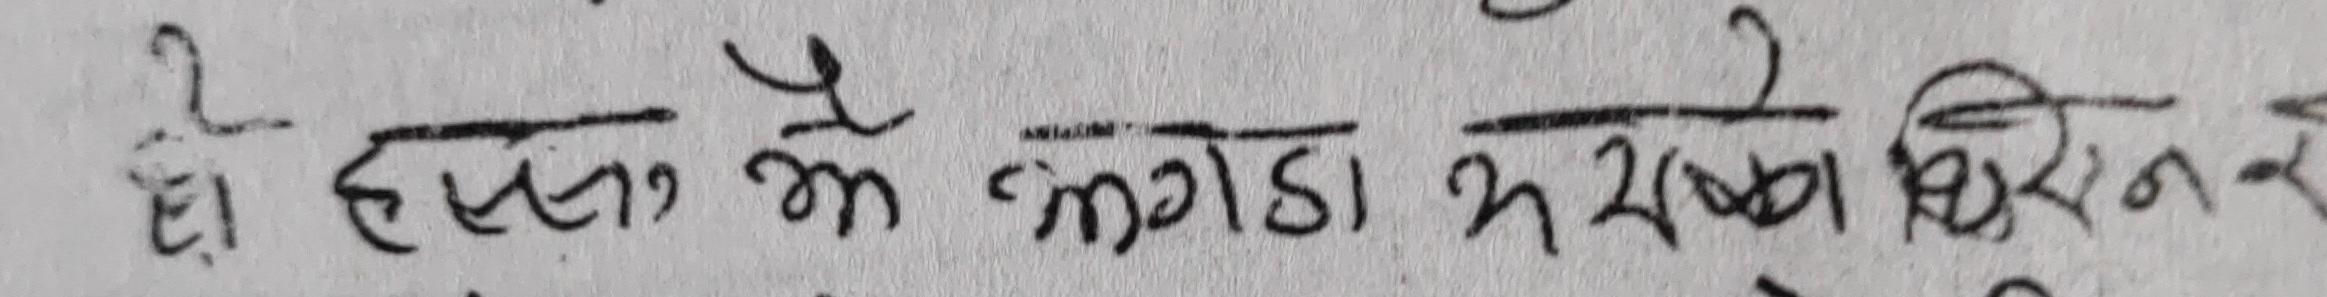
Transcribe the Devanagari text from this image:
हो हसन क लंगड़ा न रखा किरण र